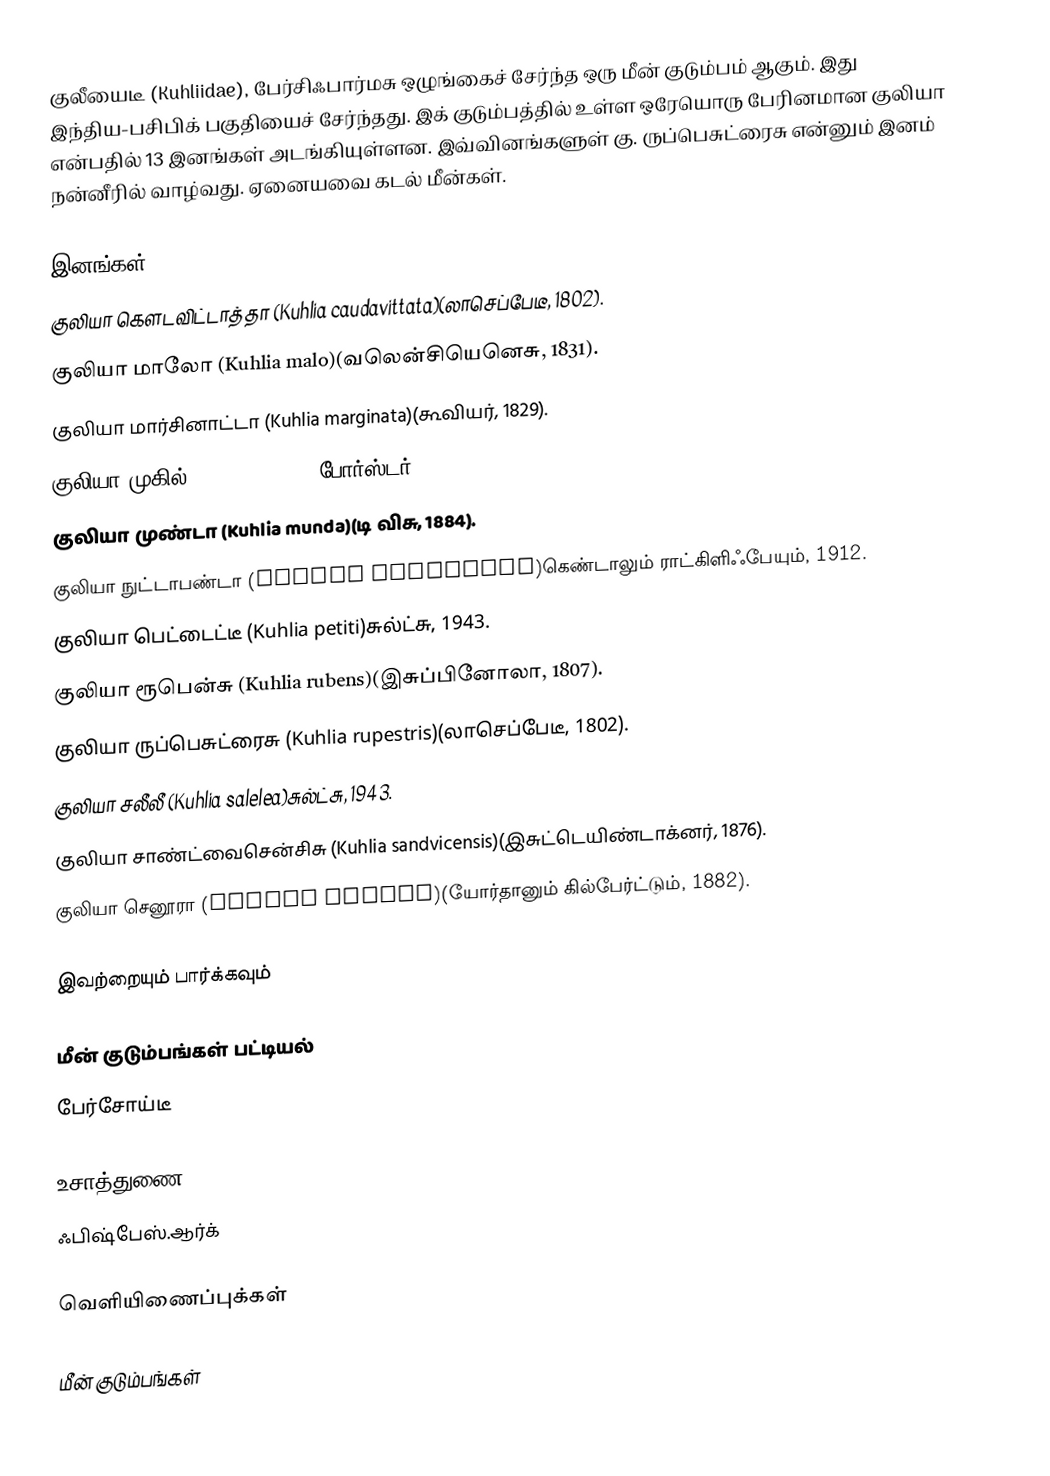
குலீயைடீ (Kuhliidae), பேர்சிஃபார்மசு ஒழுங்கைச் சேர்ந்த ஒரு மீன் குடும்பம் ஆகும். இது இந்திய-பசிபிக் பகுதியைச் சேர்ந்தது. இக் குடும்பத்தில் உள்ள ஒரேயொரு பேரினமான குலியா என்பதில் 13 இனங்கள் அடங்கியுள்ளன. இவ்வினங்களுள் கு. ருப்பெசுட்ரைசு என்னும் இனம் நன்னீரில் வாழ்வது. ஏனையவை கடல் மீன்கள்.

இனங்கள்
 குலியா கௌடவிட்டாத்தா (Kuhlia caudavittata)(லாசெப்பேடீ, 1802).
 குலியா மாலோ (Kuhlia malo)(வலென்சியெனெசு, 1831).
 குலியா மார்சினாட்டா (Kuhlia marginata)(கூவியர், 1829).
 குலியா முகில் (Kuhlia mugil)(போர்ஸ்டர், 1801).
 குலியா முண்டா (Kuhlia munda)(டி விசு, 1884).
 குலியா நுட்டாபண்டா (Kuhlia nutabunda)கெண்டாலும் ராட்கிளிஃபேயும், 1912.
 குலியா பெட்டைட்டீ (Kuhlia petiti)சுல்ட்சு, 1943.
 குலியா ரூபென்சு (Kuhlia rubens)(இசுப்பினோலா, 1807).
 குலியா ருப்பெசுட்ரைசு (Kuhlia rupestris)(லாசெப்பேடீ, 1802).
 குலியா சலீலீ (Kuhlia salelea)சுல்ட்சு, 1943.
 குலியா சாண்ட்வைசென்சிசு (Kuhlia sandvicensis)(இசுட்டெயிண்டாக்னர், 1876).
 குலியா செனூரா (Kuhlia xenura)(யோர்தானும் கில்பேர்ட்டும், 1882).

இவற்றையும் பார்க்கவும்

 மீன் குடும்பங்கள் பட்டியல்
 பேர்சோய்டீ

உசாத்துணை
 ஃபிஷ்பேஸ்.ஆர்க்

வெளியிணைப்புக்கள்

மீன் குடும்பங்கள்